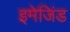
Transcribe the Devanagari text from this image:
इमेजिंड